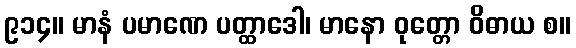
၉၁၄။ မာနံ ပမာဏေ ပတ္ထာဒေါ၊ မာနော ဝုတ္တော ဝိဓာယ စ။